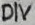
Text: DIV